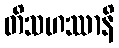
တိသဟဿာနိ